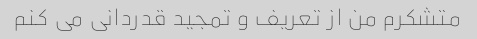
متشکرم من از تعریف و تمجید قدردانی می کنم